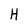
Character: H